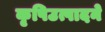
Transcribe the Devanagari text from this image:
कृषिउत्पादने